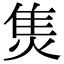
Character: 𤊙